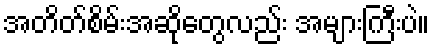
အတိတ်စိမ်းအဆိုတွေလည်း အများကြီးပဲ။